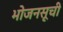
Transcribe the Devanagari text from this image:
भोजनसूची